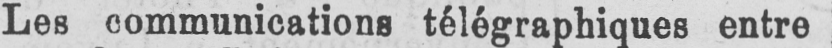
Les communications télégraphiques entre